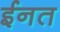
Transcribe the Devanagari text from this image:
ईनत